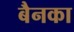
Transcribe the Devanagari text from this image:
बैनका